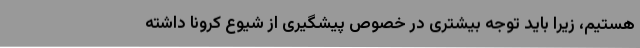
هستیم، زیرا باید توجه بیشتری در خصوص پیشگیری از شیوع کرونا داشته